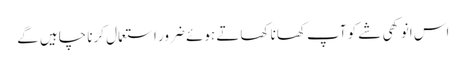
اس انوکھی شے کو آپ کھانا کھاتے ہوئے ضرور استعمال کرنا چاہیں گے